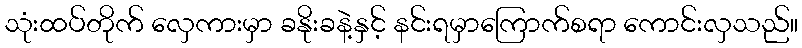
သုံးထပ်တိုက် လှေကားမှာ ခနိုးခနဲ့နှင့် နင်းရမှာကြောက်စရာ ကောင်းလှသည်။